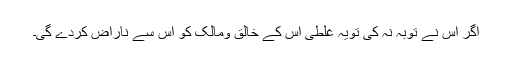
اگر اس نے توبہ نہ کی تویہ غلطی اس کے خالق ومالک کو اس سے ناراض کردے گی۔